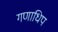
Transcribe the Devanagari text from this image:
गणाधिप